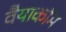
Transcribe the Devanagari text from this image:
वैयाकॉम